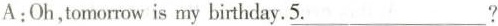
A:Oh,tomorrow is my birthday.\underline{5.} ?